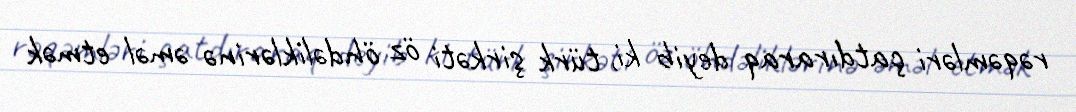
rəqəmləri çatdıraraq deyib ki, türk şirkəti öz öhdəliklərinə əməl etmək